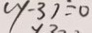
( y - 3 ) = 0